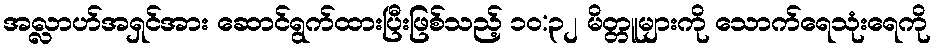
အလ္လာဟ်အရှင်အား ဆောင်ရွက်ထားပြီးဖြစ်သည့် ၁၀:၃၂ မိတ္တူများကို သောက်ရေသုံးရေကို